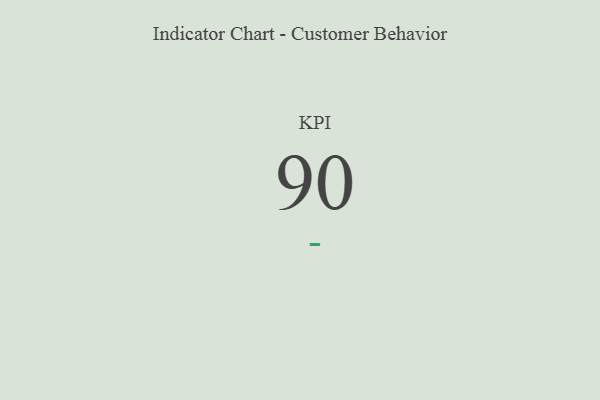
{"axis": {"x": "KPI", "y": "Value"}, "legend": [""], "data": [{"x": "KPI", "y": 90, "type": ""}]}